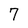
Character: 7